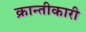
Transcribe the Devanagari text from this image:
क्रान्तीकारी